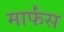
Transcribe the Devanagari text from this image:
मार्फंस